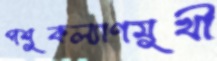
পশুকল্যাণমুখী